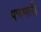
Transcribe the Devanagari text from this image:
पचणारी